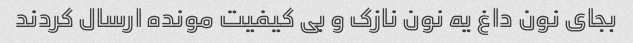
بجای نون داغ یه نون نازک و بی کیفیت مونده ارسال کردند